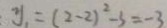
y _ { 1 } = ( 2 - 2 ) ^ { 2 } - 3 = - 3